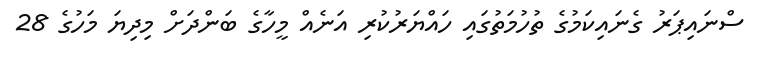
ސްނައިޕަރު ގެނައިކަމުގެ ތުހުމަތުގައި ހައްޔަރުކުރި އަނެއް މީހާގެ ބަންދަށް މިދިޔަ މަހުގެ 28